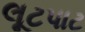
લૂટપાટ